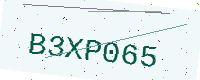
Text: B3XP065